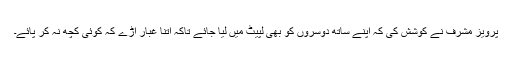
پرویز مشرف نے کوشش کی کہ اپنے ساتھ دوسروں کو بھی لپیٹ میں لیا جائے تاکہ اتنا غبار اڑے کہ کوئی کچھ نہ کر پائے۔